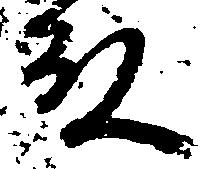
殿